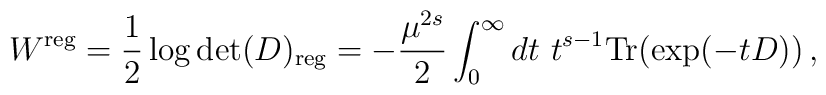
W^{\mbox{\scriptsize reg}}=\frac 12 \log \det (D)_{\mbox{\scriptsize reg}}= -\frac{\mu^{2s}}{2}\int_0^\infty dt~t^{s-1}{\rm Tr} (\exp (-tD)) \,,